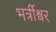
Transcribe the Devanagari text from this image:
भर्त्रीश्वर